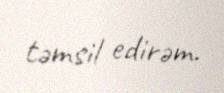
təmsil edirəm.